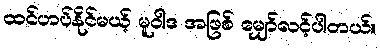
ထင်ဟပ်နိုင်မယ့် မူဝါဒ အဖြစ် မျှော်လင့်ပါတယ်။